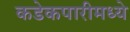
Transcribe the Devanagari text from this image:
कडेकपारीमध्ये